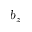
b _ { z }